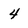
Character: 4